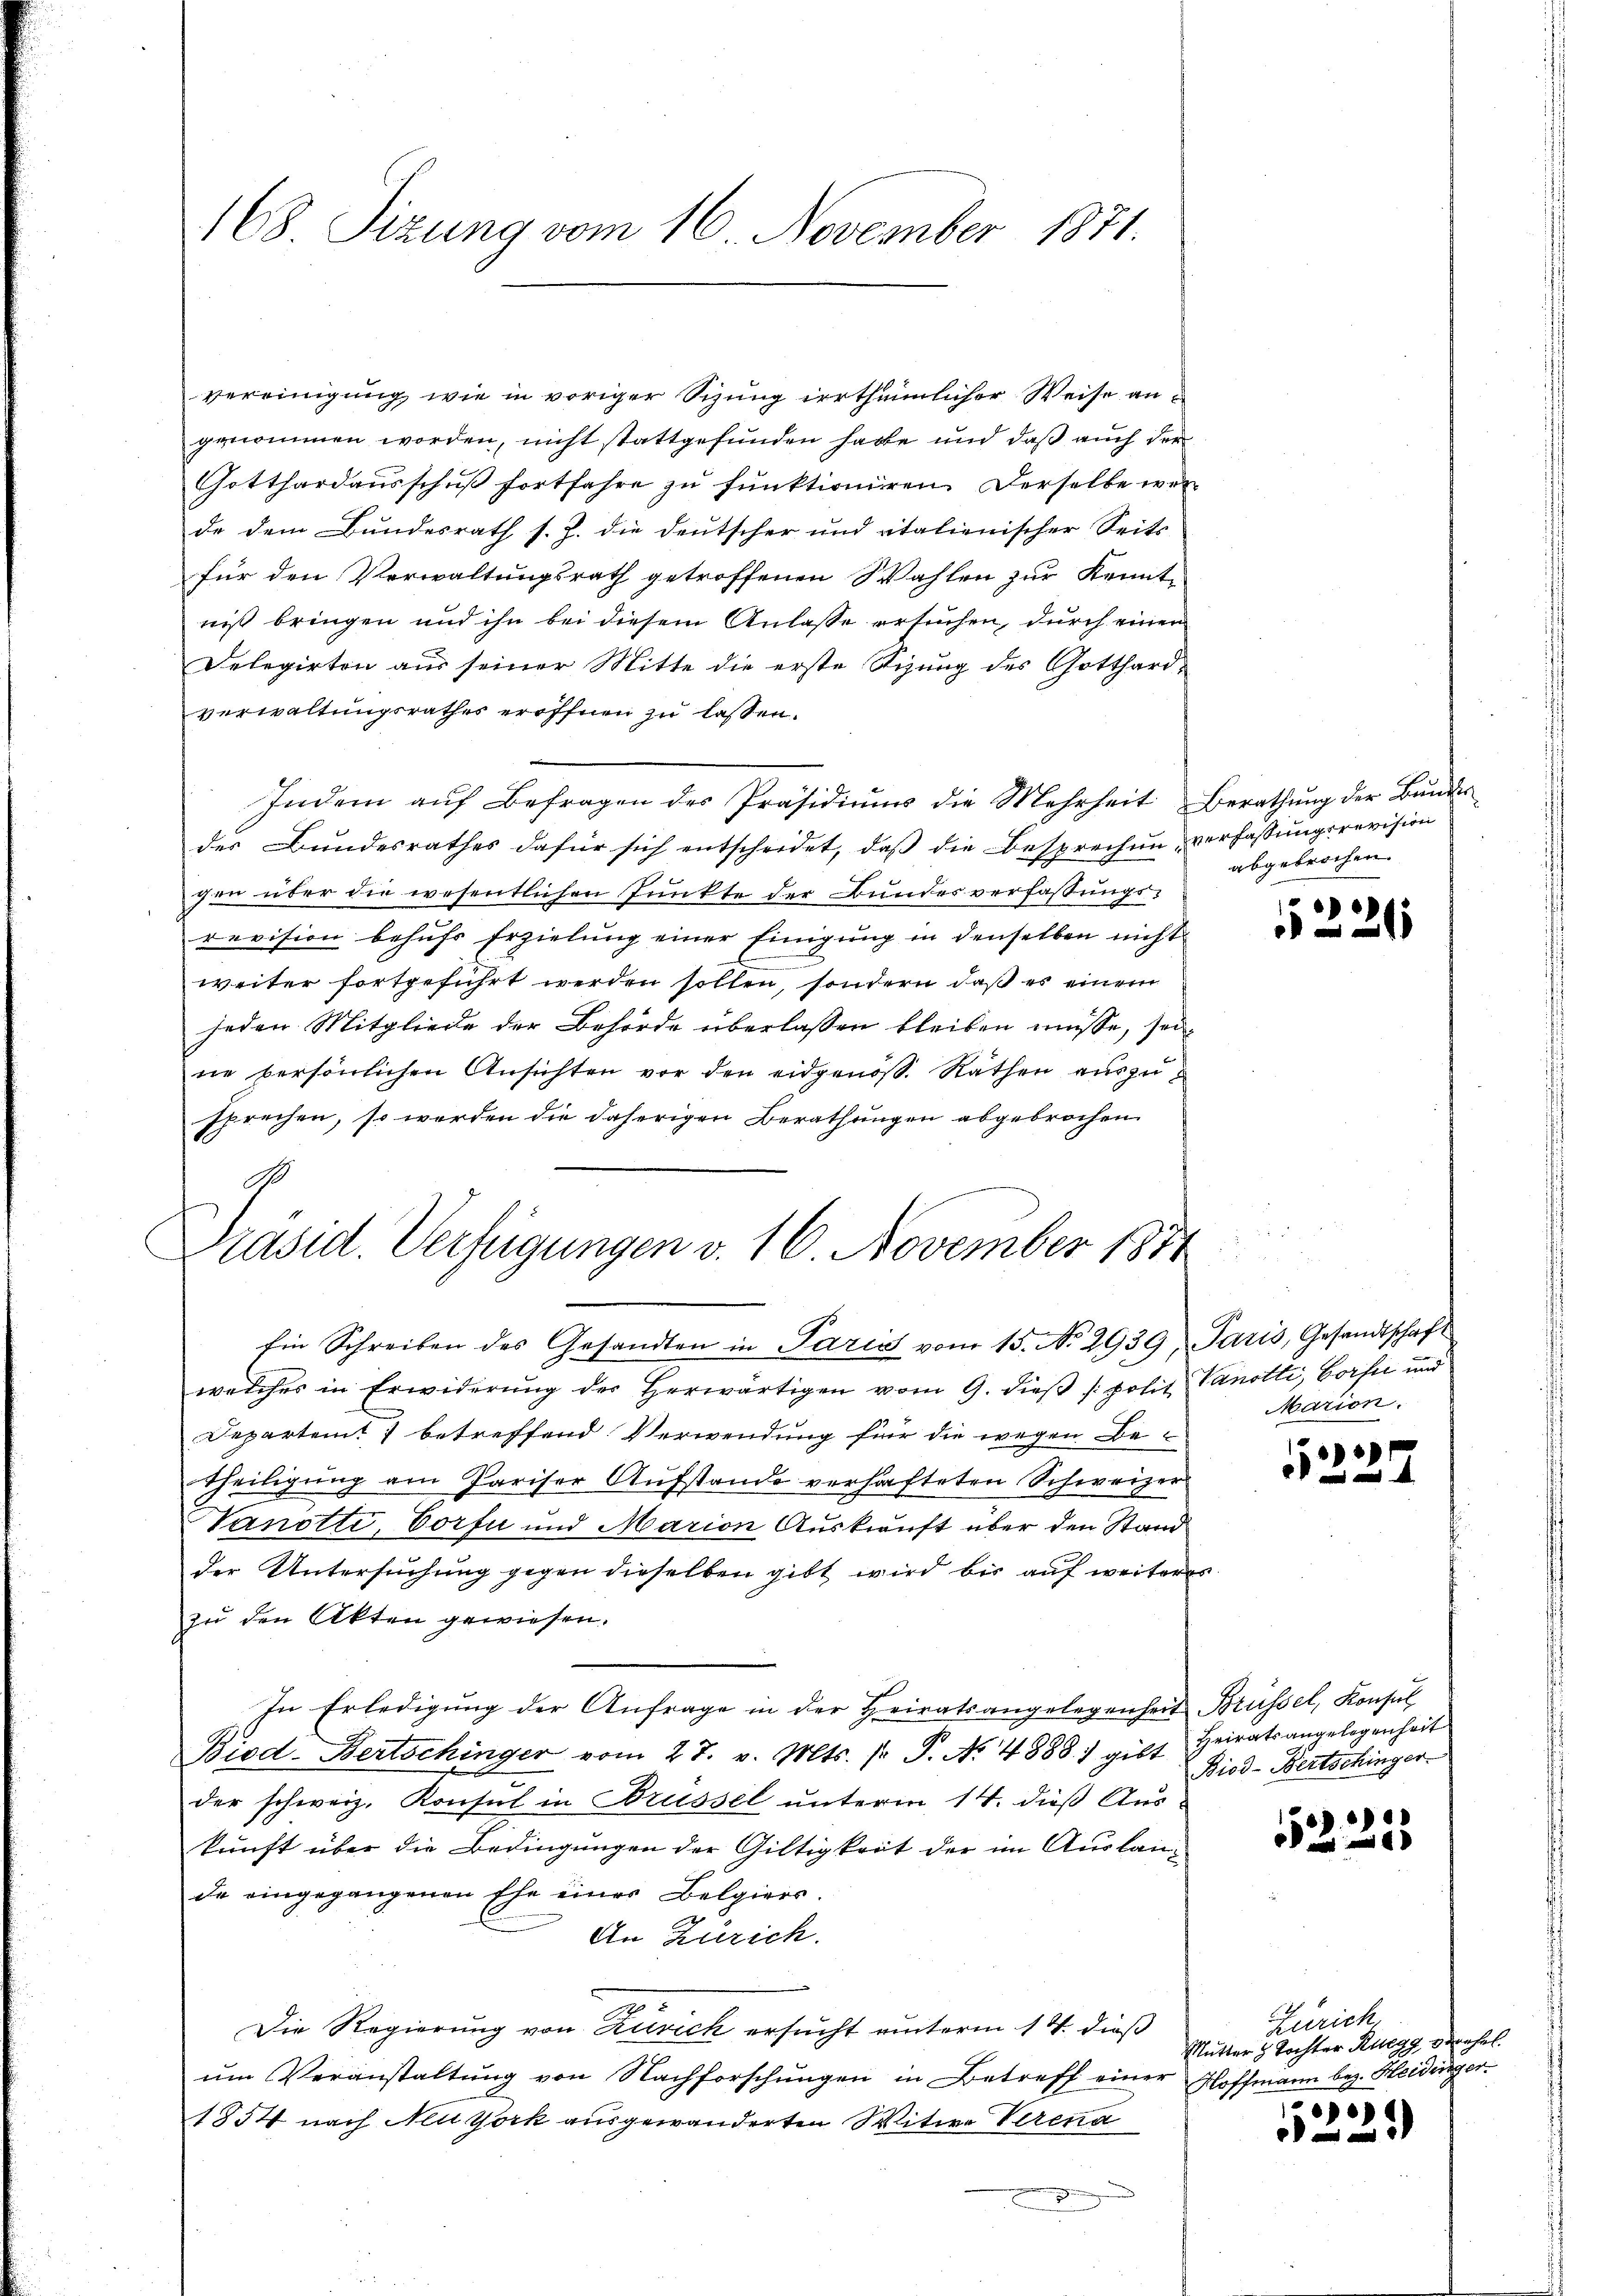
vereinigung, wie in voriger Sizung erthümlicher Weise angenommen worden, nicht stattgefunden habe und daß auch der
Gotthardausschuß fortfahre zu funktionieren. Derselbe wen
de dem Bundesrath s. Z. die Deutscher und italienischer Seits
für den Verwaltungsrath getroffenen Wahlen zur Kenntniß bringen und ihn bei diesem Anlasse ersuchen, durch einen
Delegirten aus seiner Mitte die erste Sizung des Gotthardverwaltungsrathes eröffnen zu lassen.
Indem auf Befragen des Präsidiums die Mehrheit Berathung der Bundes
des Bundesrathes dafür sich entscheidet, daß die Besprechen verfassungsrevision
gen über die wesentlichen Punkte der Bundesverfaßungsrevision behufs Erzielung einer Einigung in denselben nicht
weiter fortgeführt werden sollen, sondern daß es einem
jeden Mitgliede der Behörde überlassen bleiben müsse, sei
ne persönlichen Ansichten vor den eidgenoß. Räthen auszusprechen, so werden die daherigen Berathungen abgebrochen.
Ein Schreiben des Gesandten in Paris vom 15. No 2939, Paris, Gesandtschaft
welches in Erwiderung des Herwärtigen vom 9. dieβ / polit. Vanotti, Borsee und
Departen 7 betreffend Verwendung für die wegen Betheiligung am Pariser Aufstande verhafteten Schweizer
Vanotti, Torfn und Marian Auskunft über den Stand
der Untersuchung gegen dieselben gibt wird bis auf weiteres
zu den Akten gewiesen.
In Erledigung der Anfrage in der Heiratsangelegenheit Brüssel, Konsul
Biod-Bertschinger vom 27. v. Mts. pr. P. Nr. 4888) gibt Heiratsangelegenheit
der schweiz. Konsul in Brüssel unterm 14. dieß Auskunft über die Bedingungen der Gültigkeit der im Auslande eingegangenen Ehe einer Belgiers.
An Zürich.
Die Regierung von Zürich ersucht unterm 14. dieß
um Veranstaltung von Nachforschungen in Betreff einer Hoffmann bez. Heidenger.
1854 nach Neu York ausgewanderten Witwe Verena

168. Sizung vom 16. November 1871.

G
Präsid. Verfügungen v. 16. November 1814

abgebrochen.

1231

Marion.

f
2f 0 x

Biod-Bertschinger

d
5520

Zürich
Mutter & Tochter Ruegg, verehel.

)